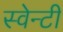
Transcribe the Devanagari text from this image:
स्वेन्‍टी